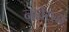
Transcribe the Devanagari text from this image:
नावेसुद्धा